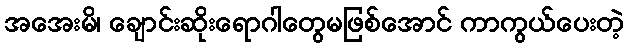
အအေးမိ၊ ချောင်းဆိုးရောဂါတွေမဖြစ်အောင် ကာကွယ်ပေးတဲ့